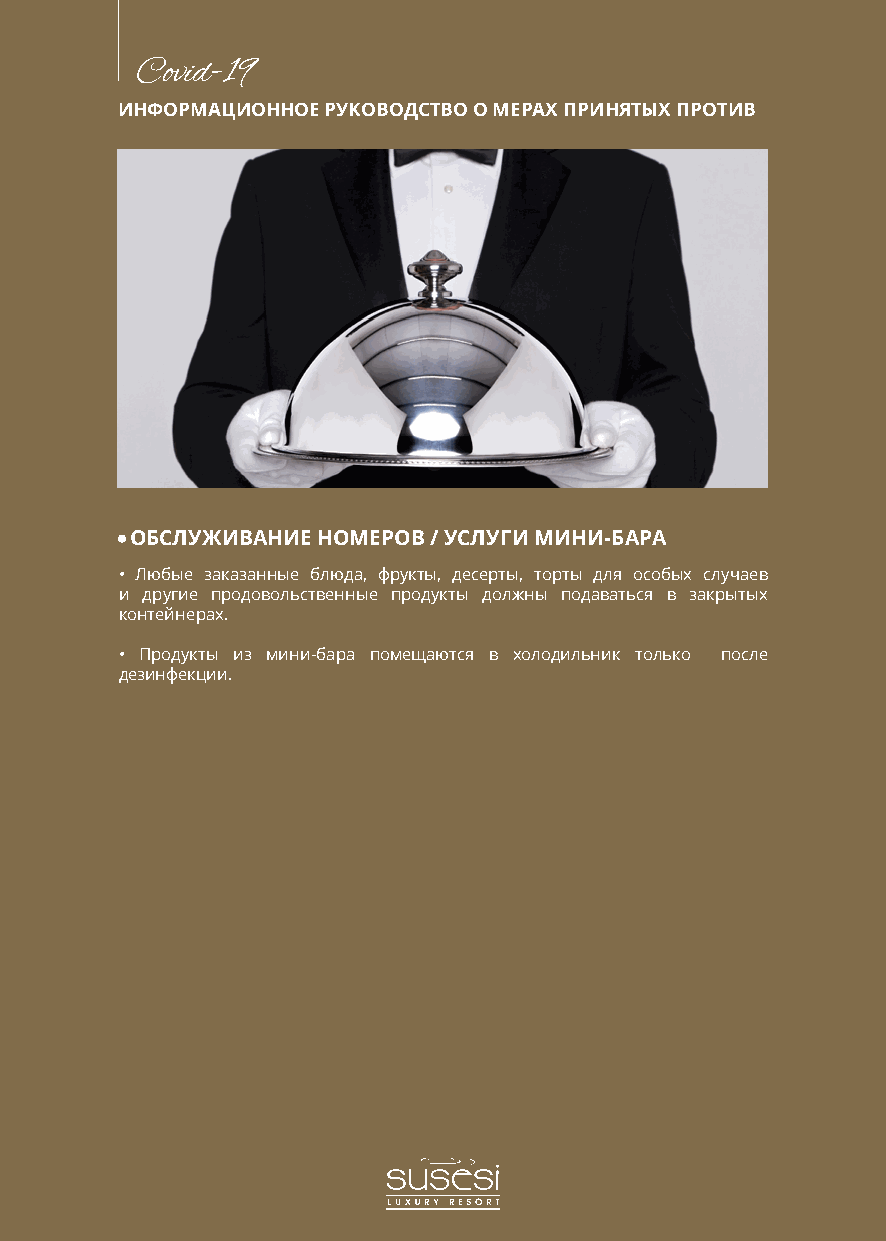
Covid-19
 ИНФОРМАЦИОННОЕ РУКОВОДСТВО О МЕРАХ ПРИНЯТЫХ ПРОТИВ
 ОБСЛУЖИВАНИЕ НОМЕРОВ / УСЛУГИ МИНИ-БАРА
 • Любые заказанные блюда, фрукты, десерты, торты для особых случаев
 и другие продовольственные продукты должны подаваться в закрытых
 контейнерах.
 • Продукты из мини-бара помещаются в холодильник только после
 дезинфекции.